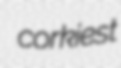
corkiest